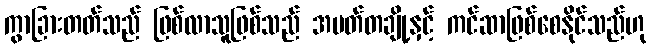
ကွာခြားတတ်သည် ဖြစ်လာသူဖြစ်သည် အမတ်တချို့နှင့် ကင်ဆာဖြစ်စေနိုင်သည်ဟု